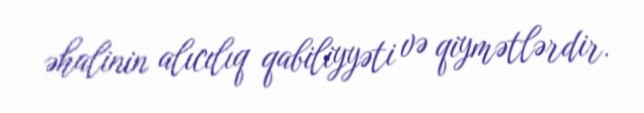
əhalinin alıcılıq qabiliyyəti və qiymətlərdir.